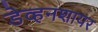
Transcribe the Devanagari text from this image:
डेव्हनशायर